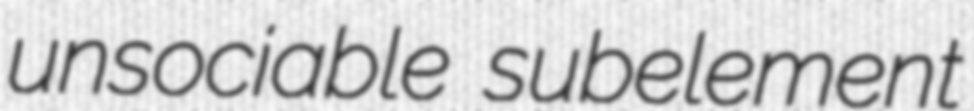
unsociable subelement